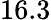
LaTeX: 16.3